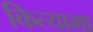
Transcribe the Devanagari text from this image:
कित्यामा